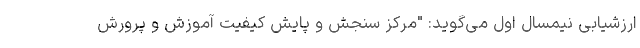
ارزشیابی نیمسال اول می‌گوید: "مرکز سنجش و پایش کیفیت آموزش و پرورش